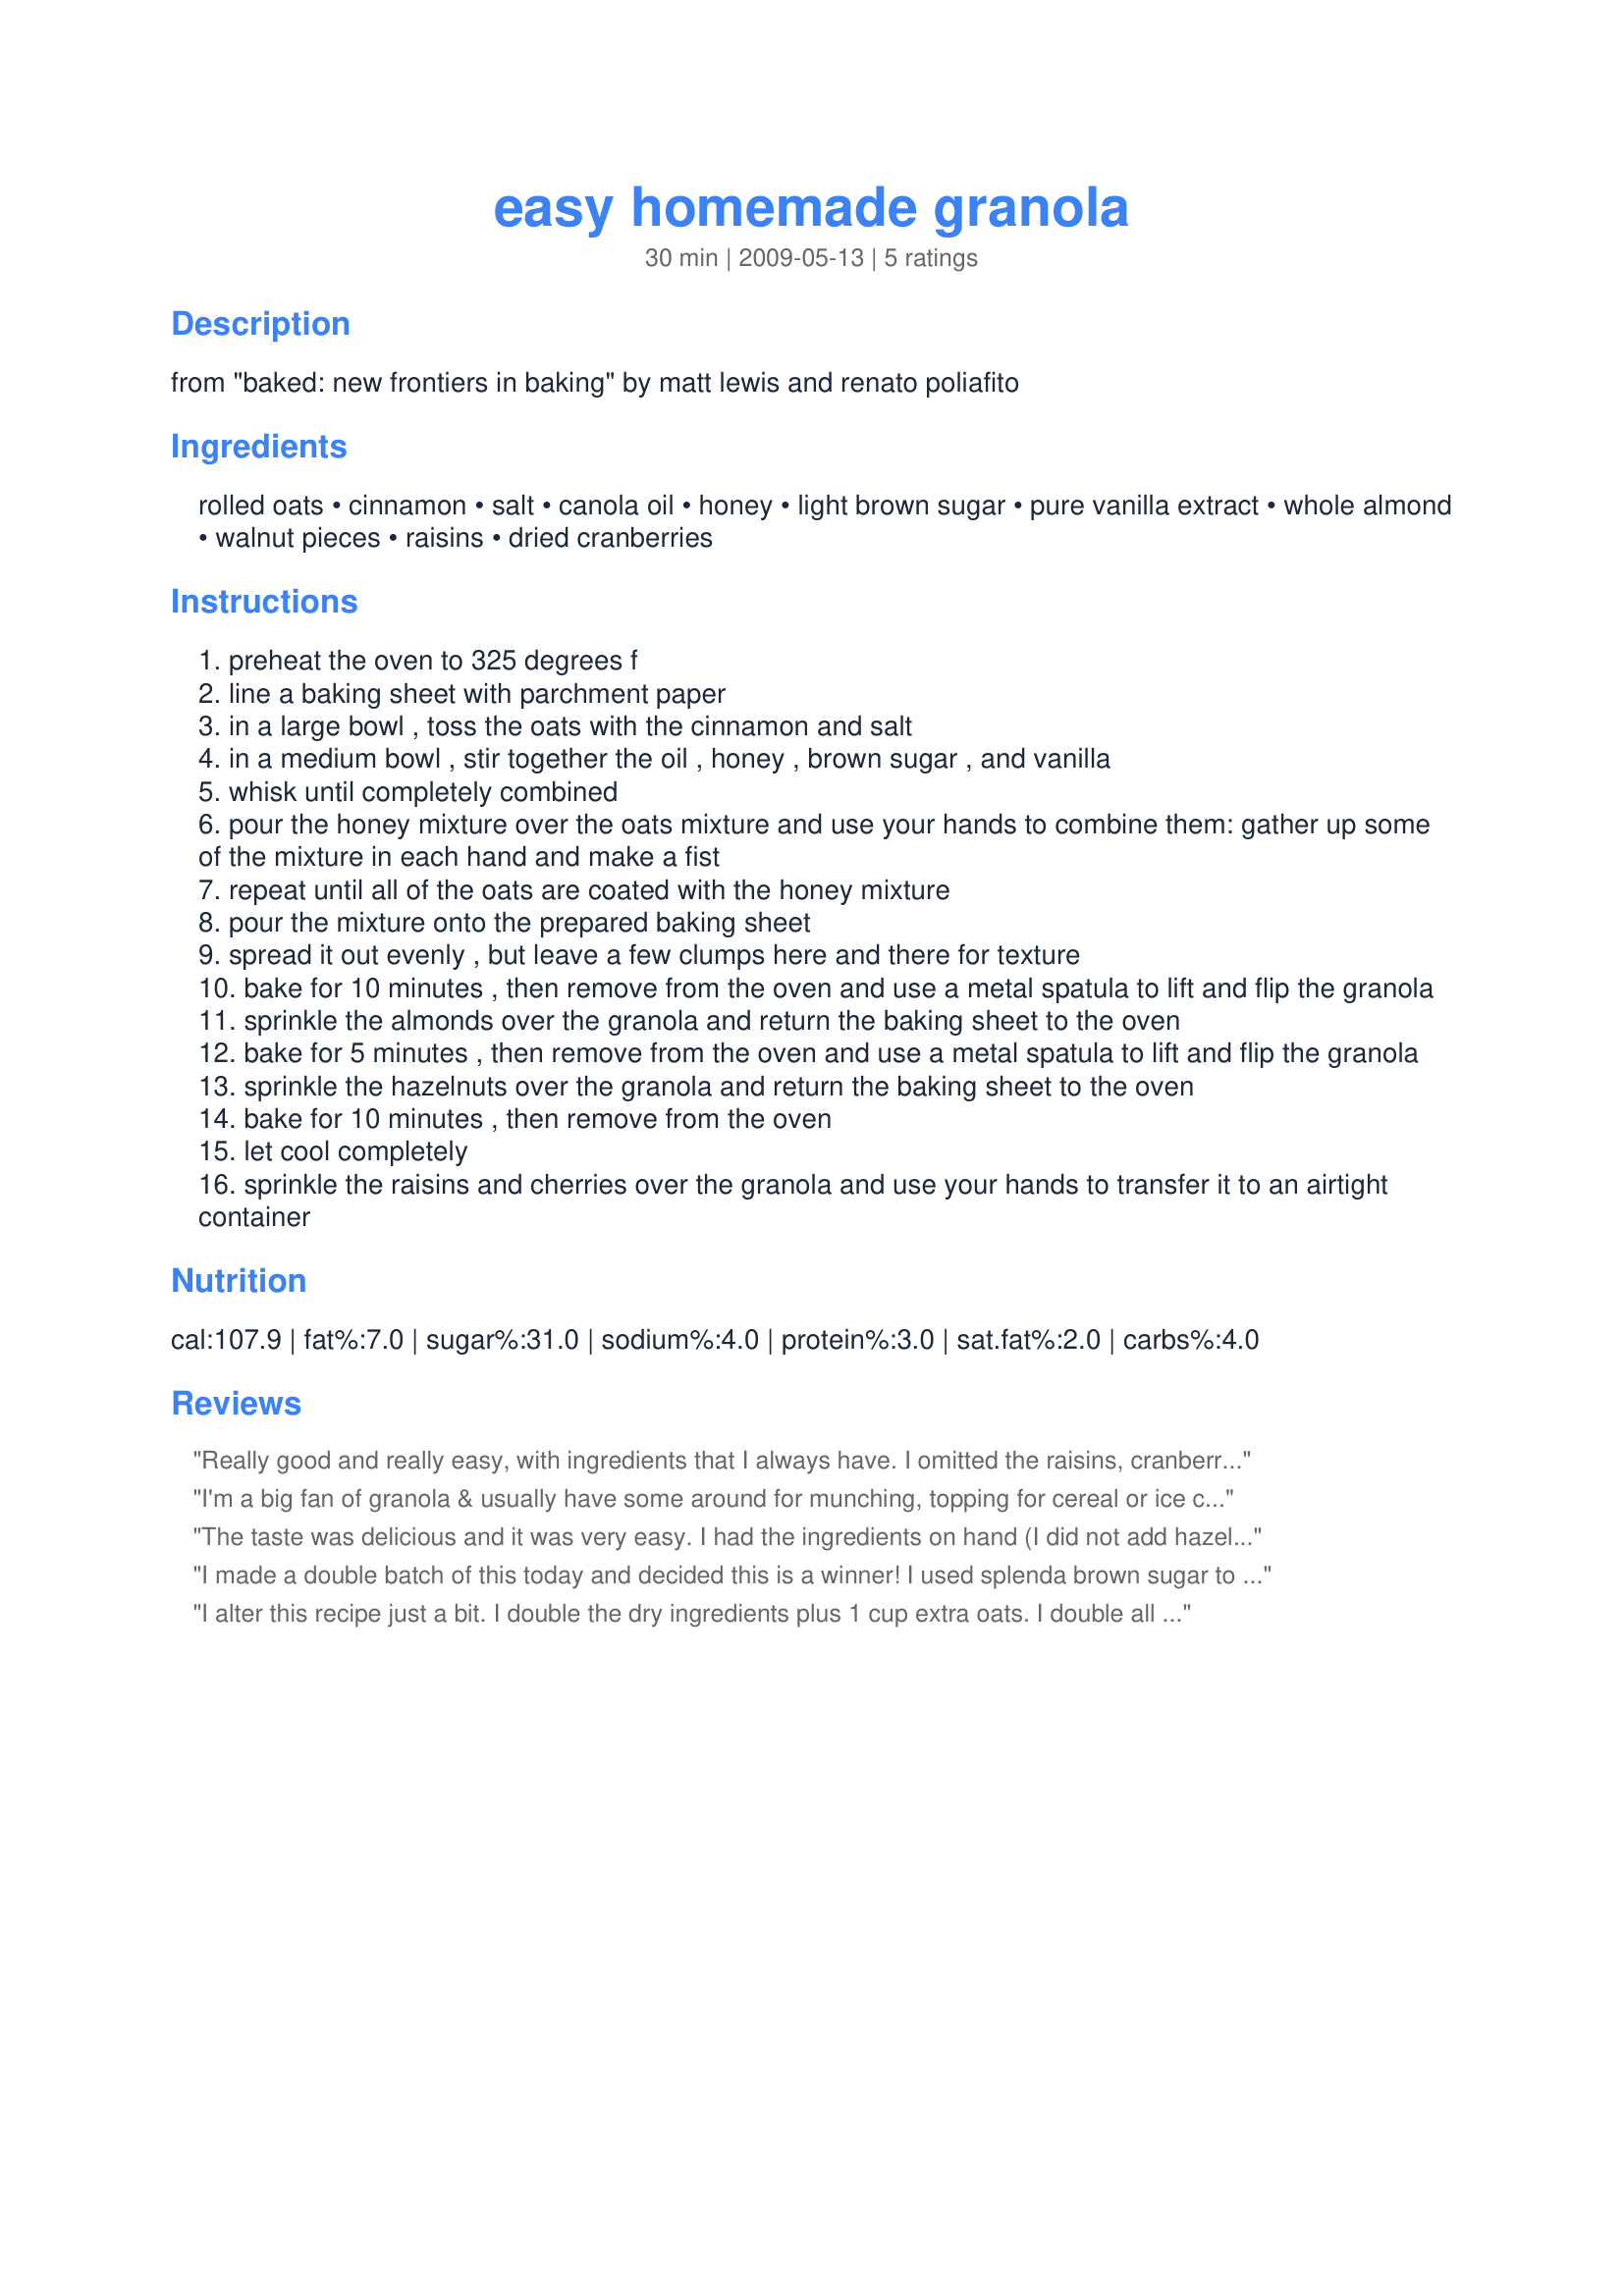
easy homemade granola
Preparation time: 30 minutes

from "baked: new frontiers in baking" by matt lewis and renato poliafito

Ingredients:
rolled oats, cinnamon, salt, canola oil, honey, light brown sugar, pure vanilla extract, whole almond, walnut pieces, raisins, dried cranberries

Steps:
preheat the oven to 325 degrees f
line a baking sheet with parchment paper
in a large bowl , toss the oats with the cinnamon and salt
in a medium bowl , stir together the oil , honey , brown sugar , and vanilla
whisk until completely combined
pour the honey mixture over the oats mixture and use your hands to combine them: gather up some of the mixture in each hand and make a fist
repeat until all of the oats are coated with the honey mixture
pour the mixture onto the prepared baking sheet
spread it out evenly , but leave a few clumps here and there for texture
bake for 10 minutes , then remove from the oven and use a metal spatula to lift and flip the granola
sprinkle the almonds over the granola and return the baking sheet to the oven
bake for 5 minutes , then remove from the oven and use a metal spatula to lift and flip the granola
sprinkle the hazelnuts over the granola and return the baking sheet to the oven
bake for 10 minutes , then remove from the oven
let cool completely
sprinkle the raisins and cherries over the granola and use your hands to transfer it to an airtight container

Reviews:
Really good and really easy, with ingredients that I always have. I omitted the raisins, cranberries, and hazelnuts (personal preference - but my husband likes raisins in his granola, so he can put 'em in if he wants, later), and I substituted blanched, silvered almonds for the whole almonds and chopped pecans for the walnuts. This was so easy to get together, and it's nice to be able to make a granola to be able to customize without having to buy it. The storebought seems SO expensive. A couple things I do when I make this: I spray the measuring cup that I measure the honey in with cooking spray before I measure - so it slides right out. Also, when you go to mix the honey mixture with the oat mixture, lightly spray your hands with a little cooking spray, or wet them a little, so the granola doesnt stick all over your hands as bad! I have this cookbook too, and this is just another winning recipe from it! Thanks for posting it.
I'm a big fan of granola & usually have some around for munching, topping for cereal or ice cream or pudding or cottage cheese or . . . ! Anyway, except for hazelnuts (mentioned in Step 7, but not in the ingredient list, although walnuts were on the list) I added all 3 nut varieties! You have a nice granola here! [Tagged, made & reviewed for one of my adoptees in the current Pick A Chef]
The taste was delicious and it was very easy. I had the ingredients on hand (I did not add hazelnuts since I did not have any, it still tasted wonderful). I did stay sticky so I baked it some more but it continued to be sticky. Otherwise it was great!
I made a double batch of this today and decided this is a winner! I used splenda brown sugar to reduce the carbs some as well as chopped pecans & sliced almonds (cause that's what I have!) and let them bake with the oat mixture the entire 25 minutes. Really yummy. The only thing I might do next time is reduce the salt--seemed just a bit too much. Other than that--loved it! Thanks for posting! Updated--I made this again with 1/2 of the amount of salt called for in the recipe--PERFECT!
I alter this recipe just a bit. I double the dry ingredients plus 1 cup extra oats. I double all the wet ingredients and add either 1/2 cup of either peanut butter or almond butter or dry fruit and 1/2 cup of whatever nut I want. Bake for 10 minutes, stir and add raisins, and then back another 10 minutes. Let cool on the pans. Very good!
